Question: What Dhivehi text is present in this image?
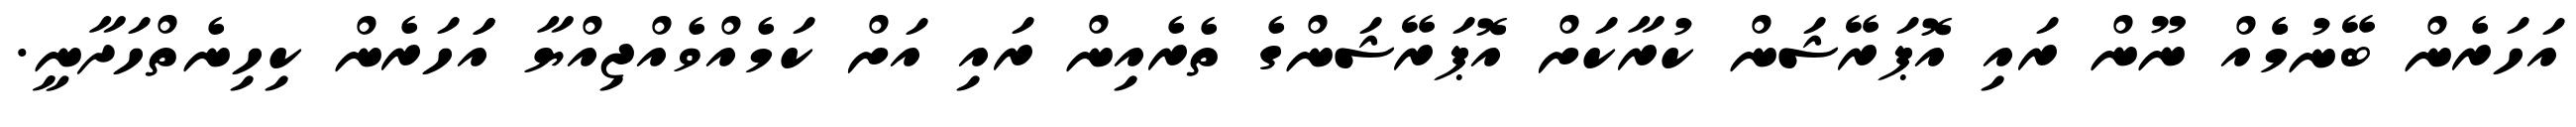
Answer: އަހަރެން ބޭނުމެެއް ނޫން ރައި އޮޕަރޭޝަން ކުރާކަށް އޮޕަރޭޝަންގެ ތެރެއިން ރައި އަށް ކަމެއްވެއްޖިއްޔާ އަަހަރެން ކިހިނެތްހަދާނީ.